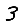
Digit: 3